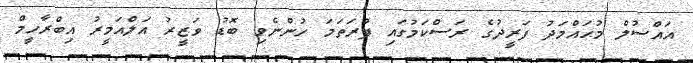
އައްސުލް މުޙައްމަދު ފަރީދުގެ ރަސްކަމުގައި ފުރަތަމަ ހުންނެވި ބޮޑު ވަޒީރު އަލްއަމީރު އިބްރާހީމް